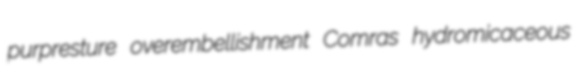
purpresture overembellishment Comras hydromicaceous